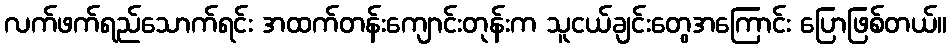
လက်ဖက်ရည်သောက်ရင်း အထက်တန်းကျောင်းတုန်းက သူငယ်ချင်းတွေအကြောင်း ပြောဖြစ်တယ်။